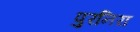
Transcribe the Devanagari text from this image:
पुरनिरा